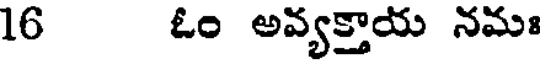
16 ఓం అవ్యక్తాయ నమః